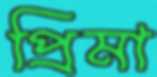
প্রিমা